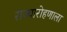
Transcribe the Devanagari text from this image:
राज्यारोहणाला